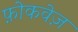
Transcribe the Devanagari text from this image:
फ़ोकवेज़